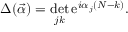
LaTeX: \Delta ( \vec { \alpha } ) = \operatorname * { d e t } _ { j k } \mathrm { e } ^ { i \alpha _ { j } ( N - k ) } .